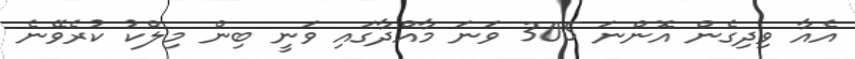
އެއާ ވިދިގެން އޮންނަ 305 ވަނަ މާއްދާގައި ވަނީ ބިން މިލްކު ކުރެވޭނެ